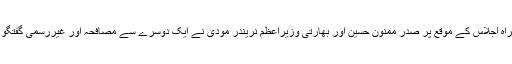
سربراہ اجلاس کے موقع پر صدر ممنون حسین اور بھارتی وزیراعظم نریندر مودی نے ایک دوسرے سے مصافحہ اور غیررسمی گفتگو کی۔